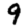
Digit: 9